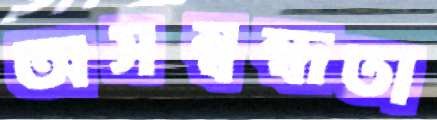
অসম্বন্ধতা